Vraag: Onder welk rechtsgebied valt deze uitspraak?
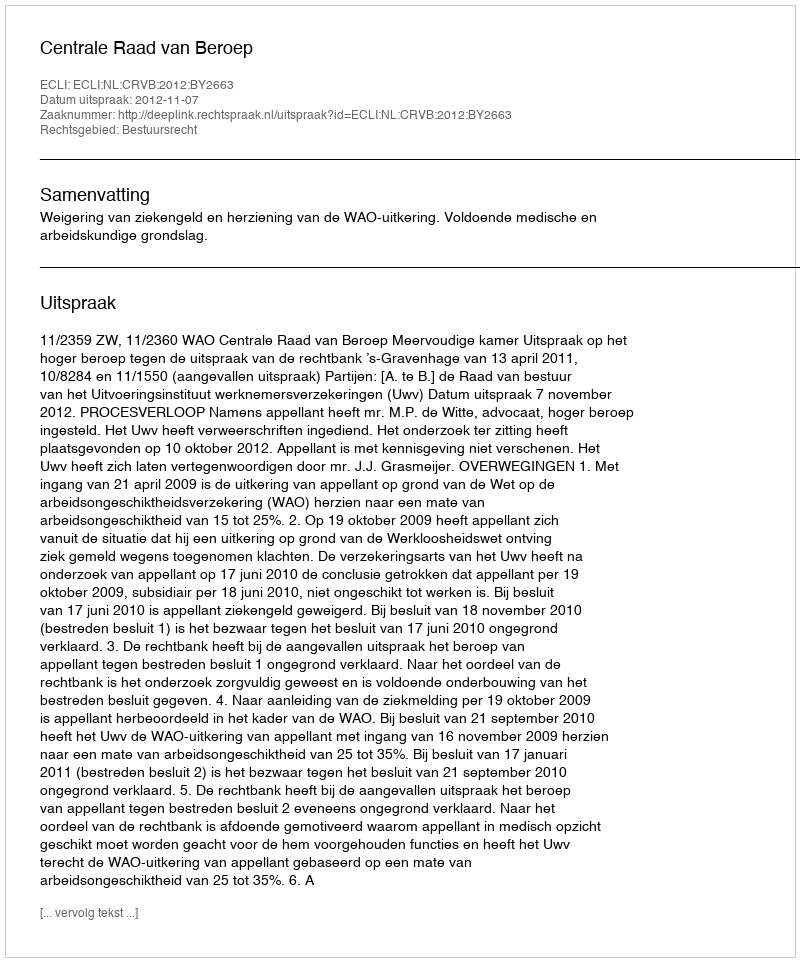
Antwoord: Bestuursrecht